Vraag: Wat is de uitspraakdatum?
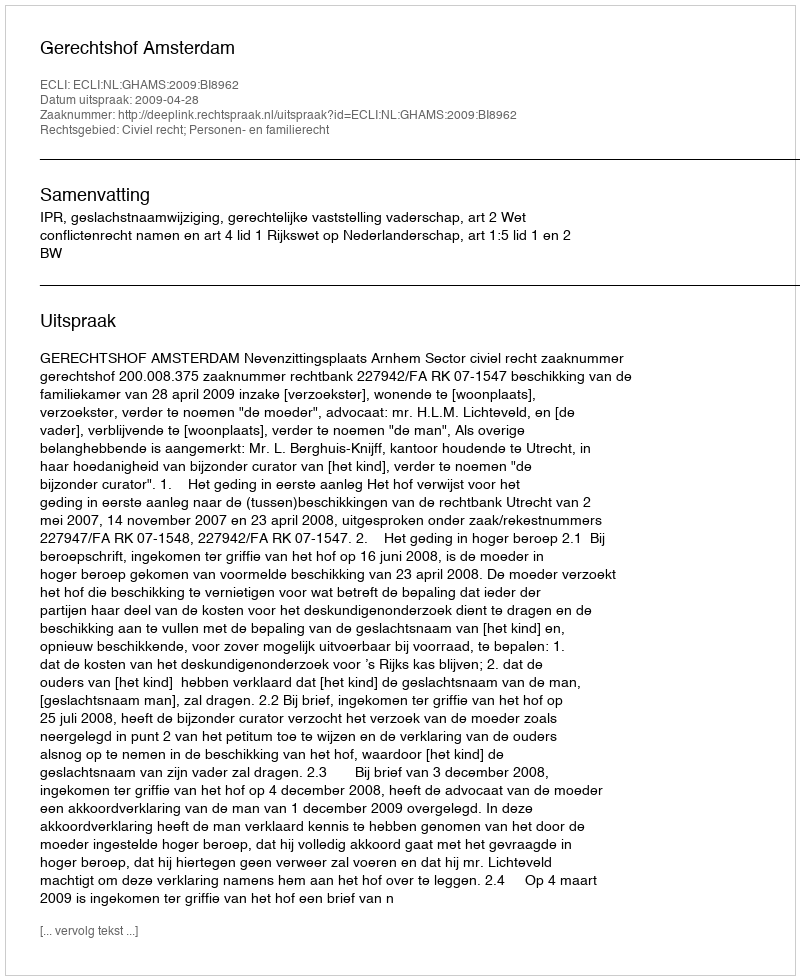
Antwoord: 2009-04-28